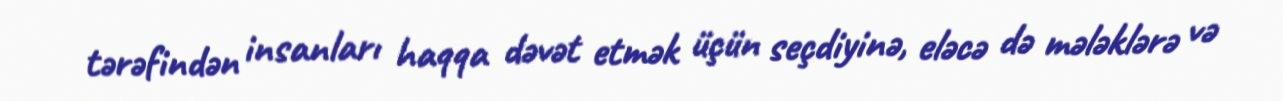
tərəfindən insanları haqqa dəvət etmək üçün seçdiyinə, eləcə də mələklərə və